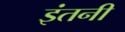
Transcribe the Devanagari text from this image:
इंतनी